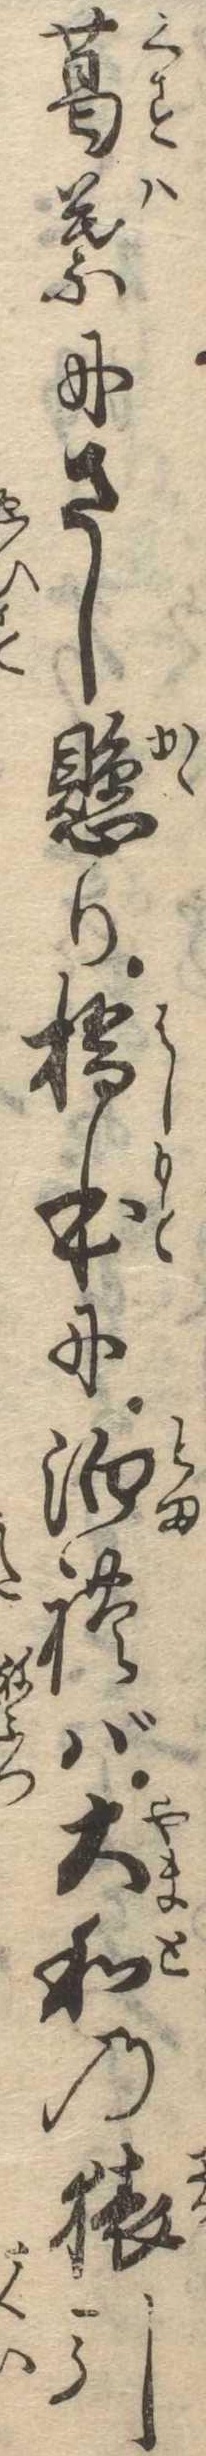
葛葉にさし懸り橋本に泊れば大和の猿引